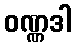
ဝဏ္ဏဒါ